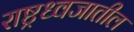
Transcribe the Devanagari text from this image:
राष्ट्रध्वजातील